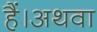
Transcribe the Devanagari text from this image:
हैं।अथवा